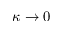
\kappa \rightarrow 0